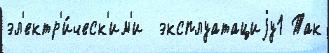
эл'ектр'и́ческ'им'и  эксплуатациjу1 Так